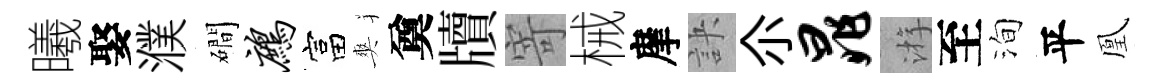
曦娶濮磵鹧富爽奠牘寄械摩訣尒晁㳺至洵平凰